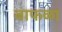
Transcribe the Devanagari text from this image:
बाफळा